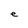
Character: e